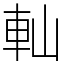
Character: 軕